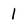
Character: 1